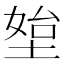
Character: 𰊀